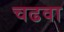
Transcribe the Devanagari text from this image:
चढवा